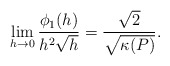
\begin{align*} \begin{aligned} \lim_{h\rightarrow0}\frac{\phi_1(h)}{h^2\sqrt{h}}=\frac{\sqrt{2}}{\sqrt{\kappa(P)}}. \end{aligned} \end{align*}